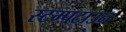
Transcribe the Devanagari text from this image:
स्टम्पटाउन